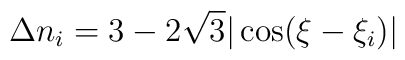
\Delta n_i = 3 - 2\sqrt{3}|\cos(\xi-\xi_i)|